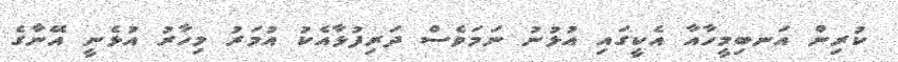
ކުރިން އަނބިމީހާއާ އެކީގައި އުޅުނު ނަމަވެސް ދަރިފުޅާއެކު އުމަރު މިހާރު އުޅެނީ އޭނާގެ